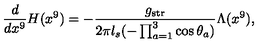
\frac { d } { d x ^ { 9 } } H ( x ^ { 9 } ) = - \frac { g _ { \mathrm { s t r } } } { 2 \pi l _ { s } ( - \prod _ { a = 1 } ^ { 3 } \cos \theta _ { a } ) } \Lambda ( x ^ { 9 } ) ,